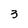
Character: 3